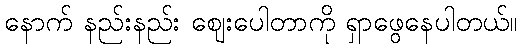
နောက် နည်းနည်း ဈေးပေါတာကို ရှာဖွေနေပါတယ်။